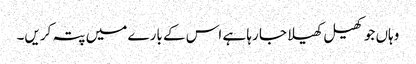
وہاں جو کھیل کھیلا جا رہا ہے اس کے بارے میں پتہ کریں۔